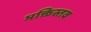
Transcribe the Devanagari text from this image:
भक्तिस्तव